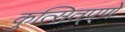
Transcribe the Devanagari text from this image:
कुत्सितपणे